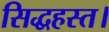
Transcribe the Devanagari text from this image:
सिद्धहस्त।